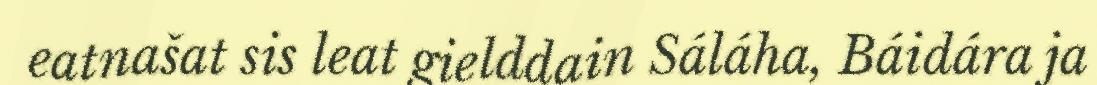
eatnašat sis leat gielddain Sáláha, Báidára ja